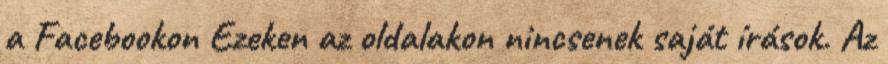
a Facebookon Ezeken az oldalakon nincsenek saját írások. Az